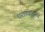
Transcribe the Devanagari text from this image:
घराण्यांतूनच